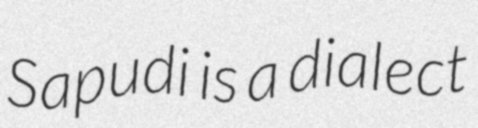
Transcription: Sapudi is a dialect